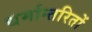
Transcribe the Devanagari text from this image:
धर्मान्तरितों